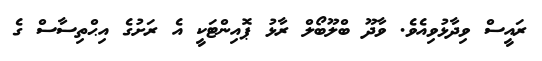
ރައީސް ވިދާޅުވިއެވެ. ވާދޫ ބްލޫބޯލް ރާޅު ޕޮއިންޓަކީ އެ ރަށުގެ އިޙްތިސާސް ގެ